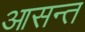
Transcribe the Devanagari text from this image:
आसन्त